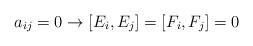
LaTeX: \begin{align*}a_{ij} = 0 \rightarrow [E_i, E_j] = [F_i, F_j] = 0 \end{align*}